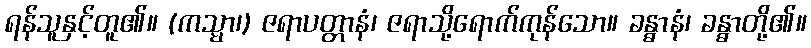
ရန်သူနှင့်တူ၏။ (ကသ္မာ၊) ဇရာပတ္တာနံ၊ ဇရာသို့ရောက်ကုန်သော။ ခန္ဓာနံ၊ ခန္ဓာတို့၏။